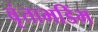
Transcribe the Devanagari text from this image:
वृंताभडिंभ